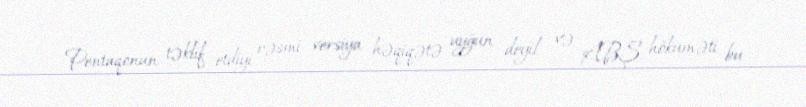
Pentaqonun təklif etdiyi rəsmi versiya həqiqətə uyğun deyil və ABŞ hökuməti bu